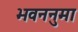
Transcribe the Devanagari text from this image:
भवननुमा